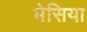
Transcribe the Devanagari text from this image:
मेसिया